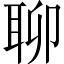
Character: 聊